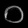
Digit: ၀